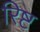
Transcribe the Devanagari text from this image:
रिष्ट